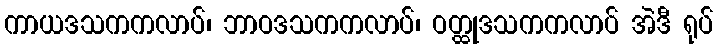
ကာယဒသကကလာပ်၊ ဘာဝဒသကကလာပ်၊ ဝတ္ထုဒသကကလာပ် အဲဒီ ရုပ်